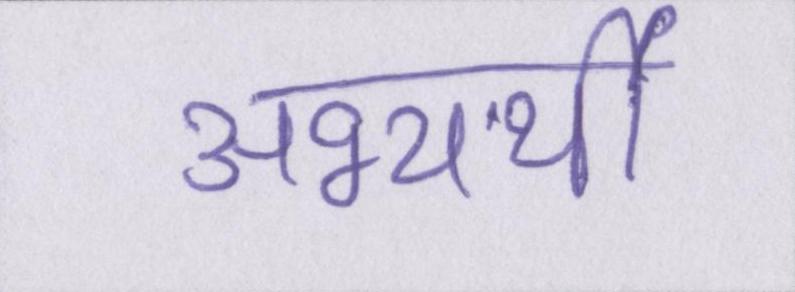
अभ्यर्थी